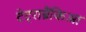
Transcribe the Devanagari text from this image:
टेट्राब्रैंकिआ